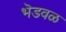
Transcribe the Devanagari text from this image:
भॆडवळ